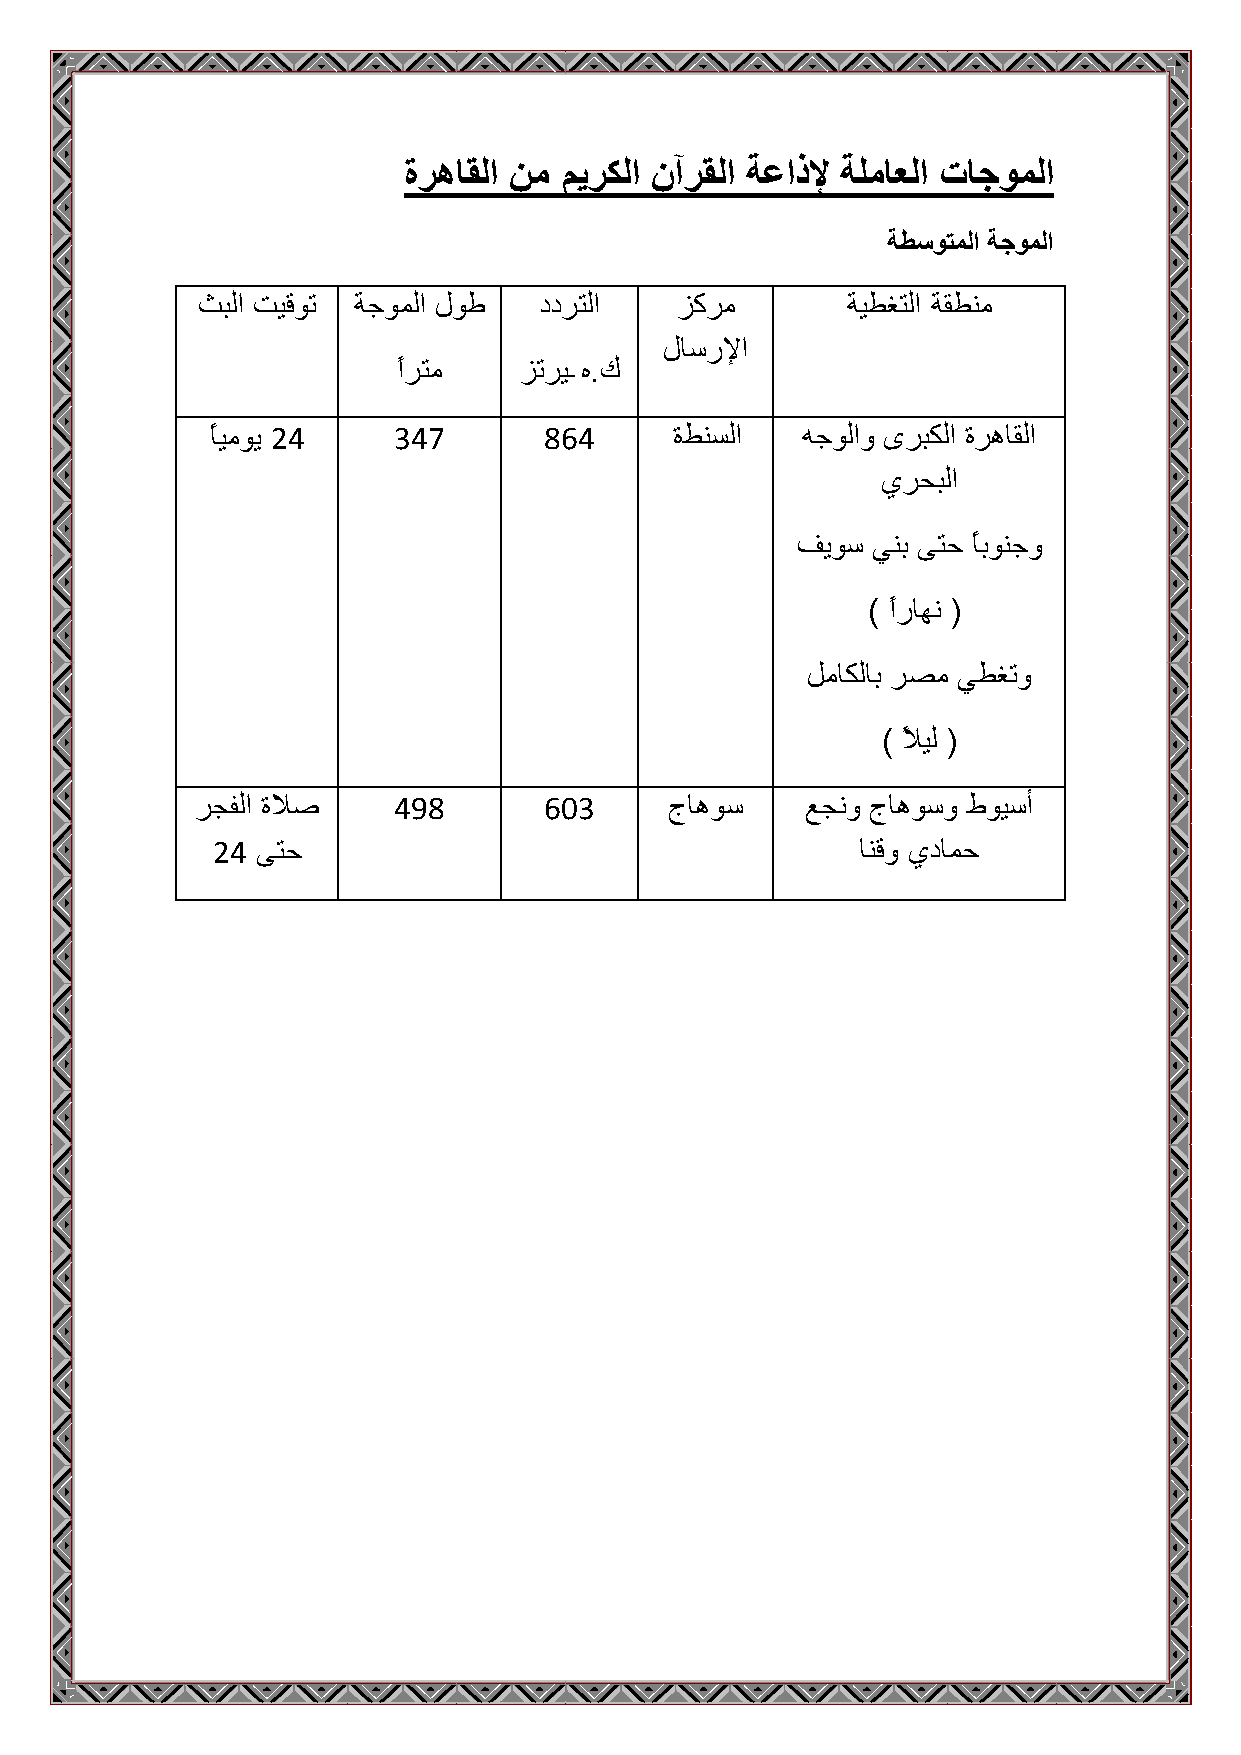
ةرهاقنا هم ميركنا نآرقنا تعاذلإ تهماعنا ثاجومنا
 تطسوتمنا تجومنا
 ثبنا جْقٌح تجٌمنا لٌط  ددرخنا   زكرم       تْطغخنا تقطنم
 لاسرلإا
 ًارخم   زحرْـه.ك
 ًاْمٌّ 24   347       864      ةطنسنا  وجٌناً ٍربكنا ةرىاقنا
 ُرحبنا
 فٌّس ِنب َخح ًابٌنجً
 ) ًاراين (
 مماكناب رصم ِطغحً
 ) ًلاْن (
 رجفنا ةلاص   498       603     جاىٌس    عجنً جاىٌسً طٌْسأ
 24 َخح                                     انقً ُدامح